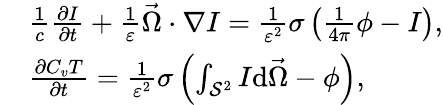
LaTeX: \begin{array}{rl}&{\frac{1}{c}\frac{\partial I}{\partial t}+\frac{1}{\varepsilon}\vec{\Omega}\cdot\nabla I=\frac{1}{\varepsilon^{2}}\sigma\left(\frac{1}{4\pi}\phi-I\right),}\\ &{\frac{\partial C_{v}T}{\partial t}=\frac{1}{\varepsilon^{2}}\sigma\left(\int_{\mathcal{S}^{2}}I\mathrm{d}\vec{\Omega}-\phi\right),}\end{array}